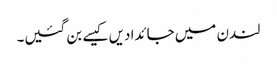
لندن میں جائدادیں کیسے بن گئیں۔